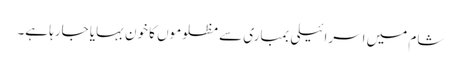
شام میں اسرائیلی بمباری سے مظلوموں کا خون بہایا جارہا ہے۔